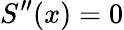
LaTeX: S^{\prime\prime}(x)=0